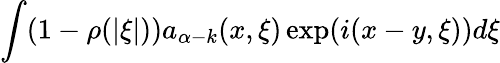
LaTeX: \int(1-\rho(|\xi|))a_{\alpha-k}(x,\xi)\exp(i(x-y,\xi))d\xi